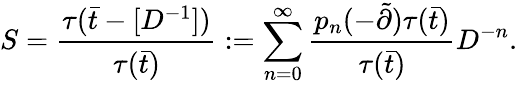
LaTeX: S=\frac{\tau(\bar{t}-[D^{-1}])}{\tau(\bar{t})}:=\sum_{n=0}^{\infty}\frac{p_{n}(-\tilde{\partial})\tau(\bar{t})}{\tau(\bar{t})}D^{-n}.